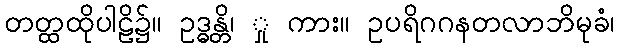
တတ္ထထိုပါဠိ၌။ ဥဒ္ဓန္တိ၊ ှု ကား။ ဥပရိဂဂနတလာဘိမုခံ၊